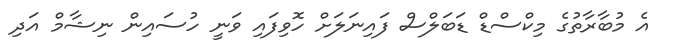
އެ މުބާރާތުގެ މިކްސްޑް ޑަބަލްސް ފައިނަލަށް ހޮވިފައި ވަނީ ހުސައިން ނިޝާމް އަދި